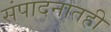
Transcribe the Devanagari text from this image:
संपादनातही